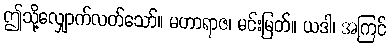
ဤသို့လျှောက်လတ်သော်။ မဟာရာဇ၊ မင်းမြတ်။ ယဒါ၊ အကြင်